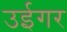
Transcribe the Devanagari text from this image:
उईगर